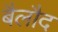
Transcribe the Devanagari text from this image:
बैलौद